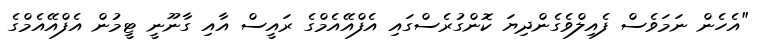
"އެހެން ނަމަވެސް ފެއިލްވެގެންދިޔަ ކޮންގުރެސްގައި އެފްއޭއެމްގެ ރައީސް އާއި ގާނޫނީ ޓީމުން އެފްއޭއެމްގެ